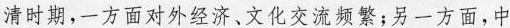
清时期，一方面对外经济、文化交流频繁；另一方面，中